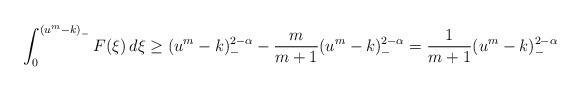
LaTeX: \begin{align*}\begin{aligned}\int_{0}^{\left(u^m-k\right)_-}F(\xi)\,d\xi&\geq (u^m-k)_-^{2-\alpha}-\frac{m}{m+1}(u^m-k)_-^{2-\alpha}=\frac{1}{m+1}(u^m-k)_-^{2-\alpha}\end{aligned}\end{align*}